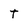
Character: T